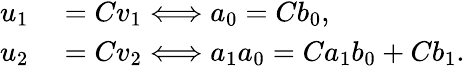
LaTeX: \begin{array}{rl}{u_{1}}&{{}=Cv_{1}\Longleftrightarrow a_{0}=Cb_{0},}\\ {u_{2}}&{{}=Cv_{2}\Longleftrightarrow a_{1}a_{0}=Ca_{1}b_{0}+Cb_{1}.}\end{array}